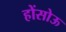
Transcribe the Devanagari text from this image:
होंसोऊ